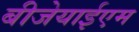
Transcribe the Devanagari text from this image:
बीजेयाईएम